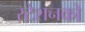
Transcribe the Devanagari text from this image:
स्टेशनको